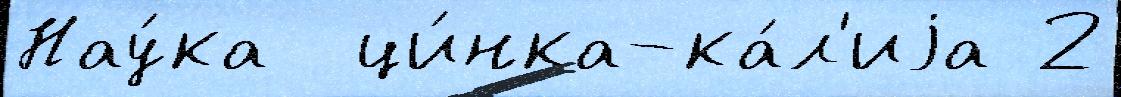
Нау́ка  ци́нка-ка́л'иjа 2